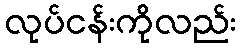
လုပ်ငန်းကိုလည်း